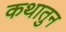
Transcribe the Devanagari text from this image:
कथातुन